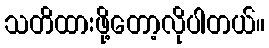
သတိထားဖို့တော့လိုပါတယ်။